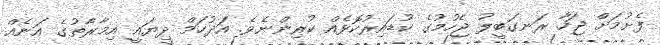
ފެށުމަށް ޖަހާ ރަނގަބީލު ޖެހުމުގެ ކުޑައިރުކޮޅެއް ކުރިންނެވެ. އަދުހަމް ދިޔައީ އިމާރާތުގެ އަނެއް